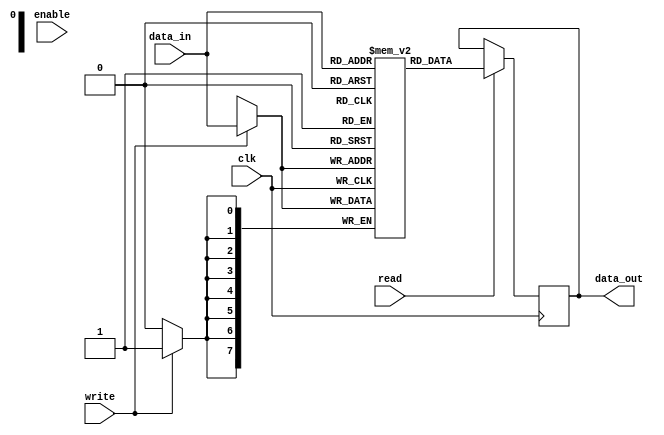
module memory_block (
    input wire clk,
    input wire enable,
    input wire [7:0] data_in,
    output reg [7:0] data_out,
    input wire read,
    input wire write
);
    reg [7:0] memory [0:255]; // Simple memory array

    always @(posedge clk) begin
        if (write) begin
            memory[data_in[7:0]] <= data_in; // Write data to memory
        end
        if (read) begin
            data_out <= memory[data_in[7:0]]; // Read data from memory
        end
    end
endmodule